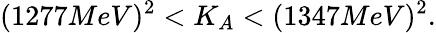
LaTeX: (1277MeV)^{2}<K_{A}<(1347MeV)^{2}.